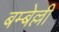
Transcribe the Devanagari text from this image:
बम्बेल्ली